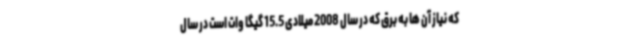
که نیاز آن ها به برق که در سال 2008 میلادی 15.5 گیگا وات است در سال